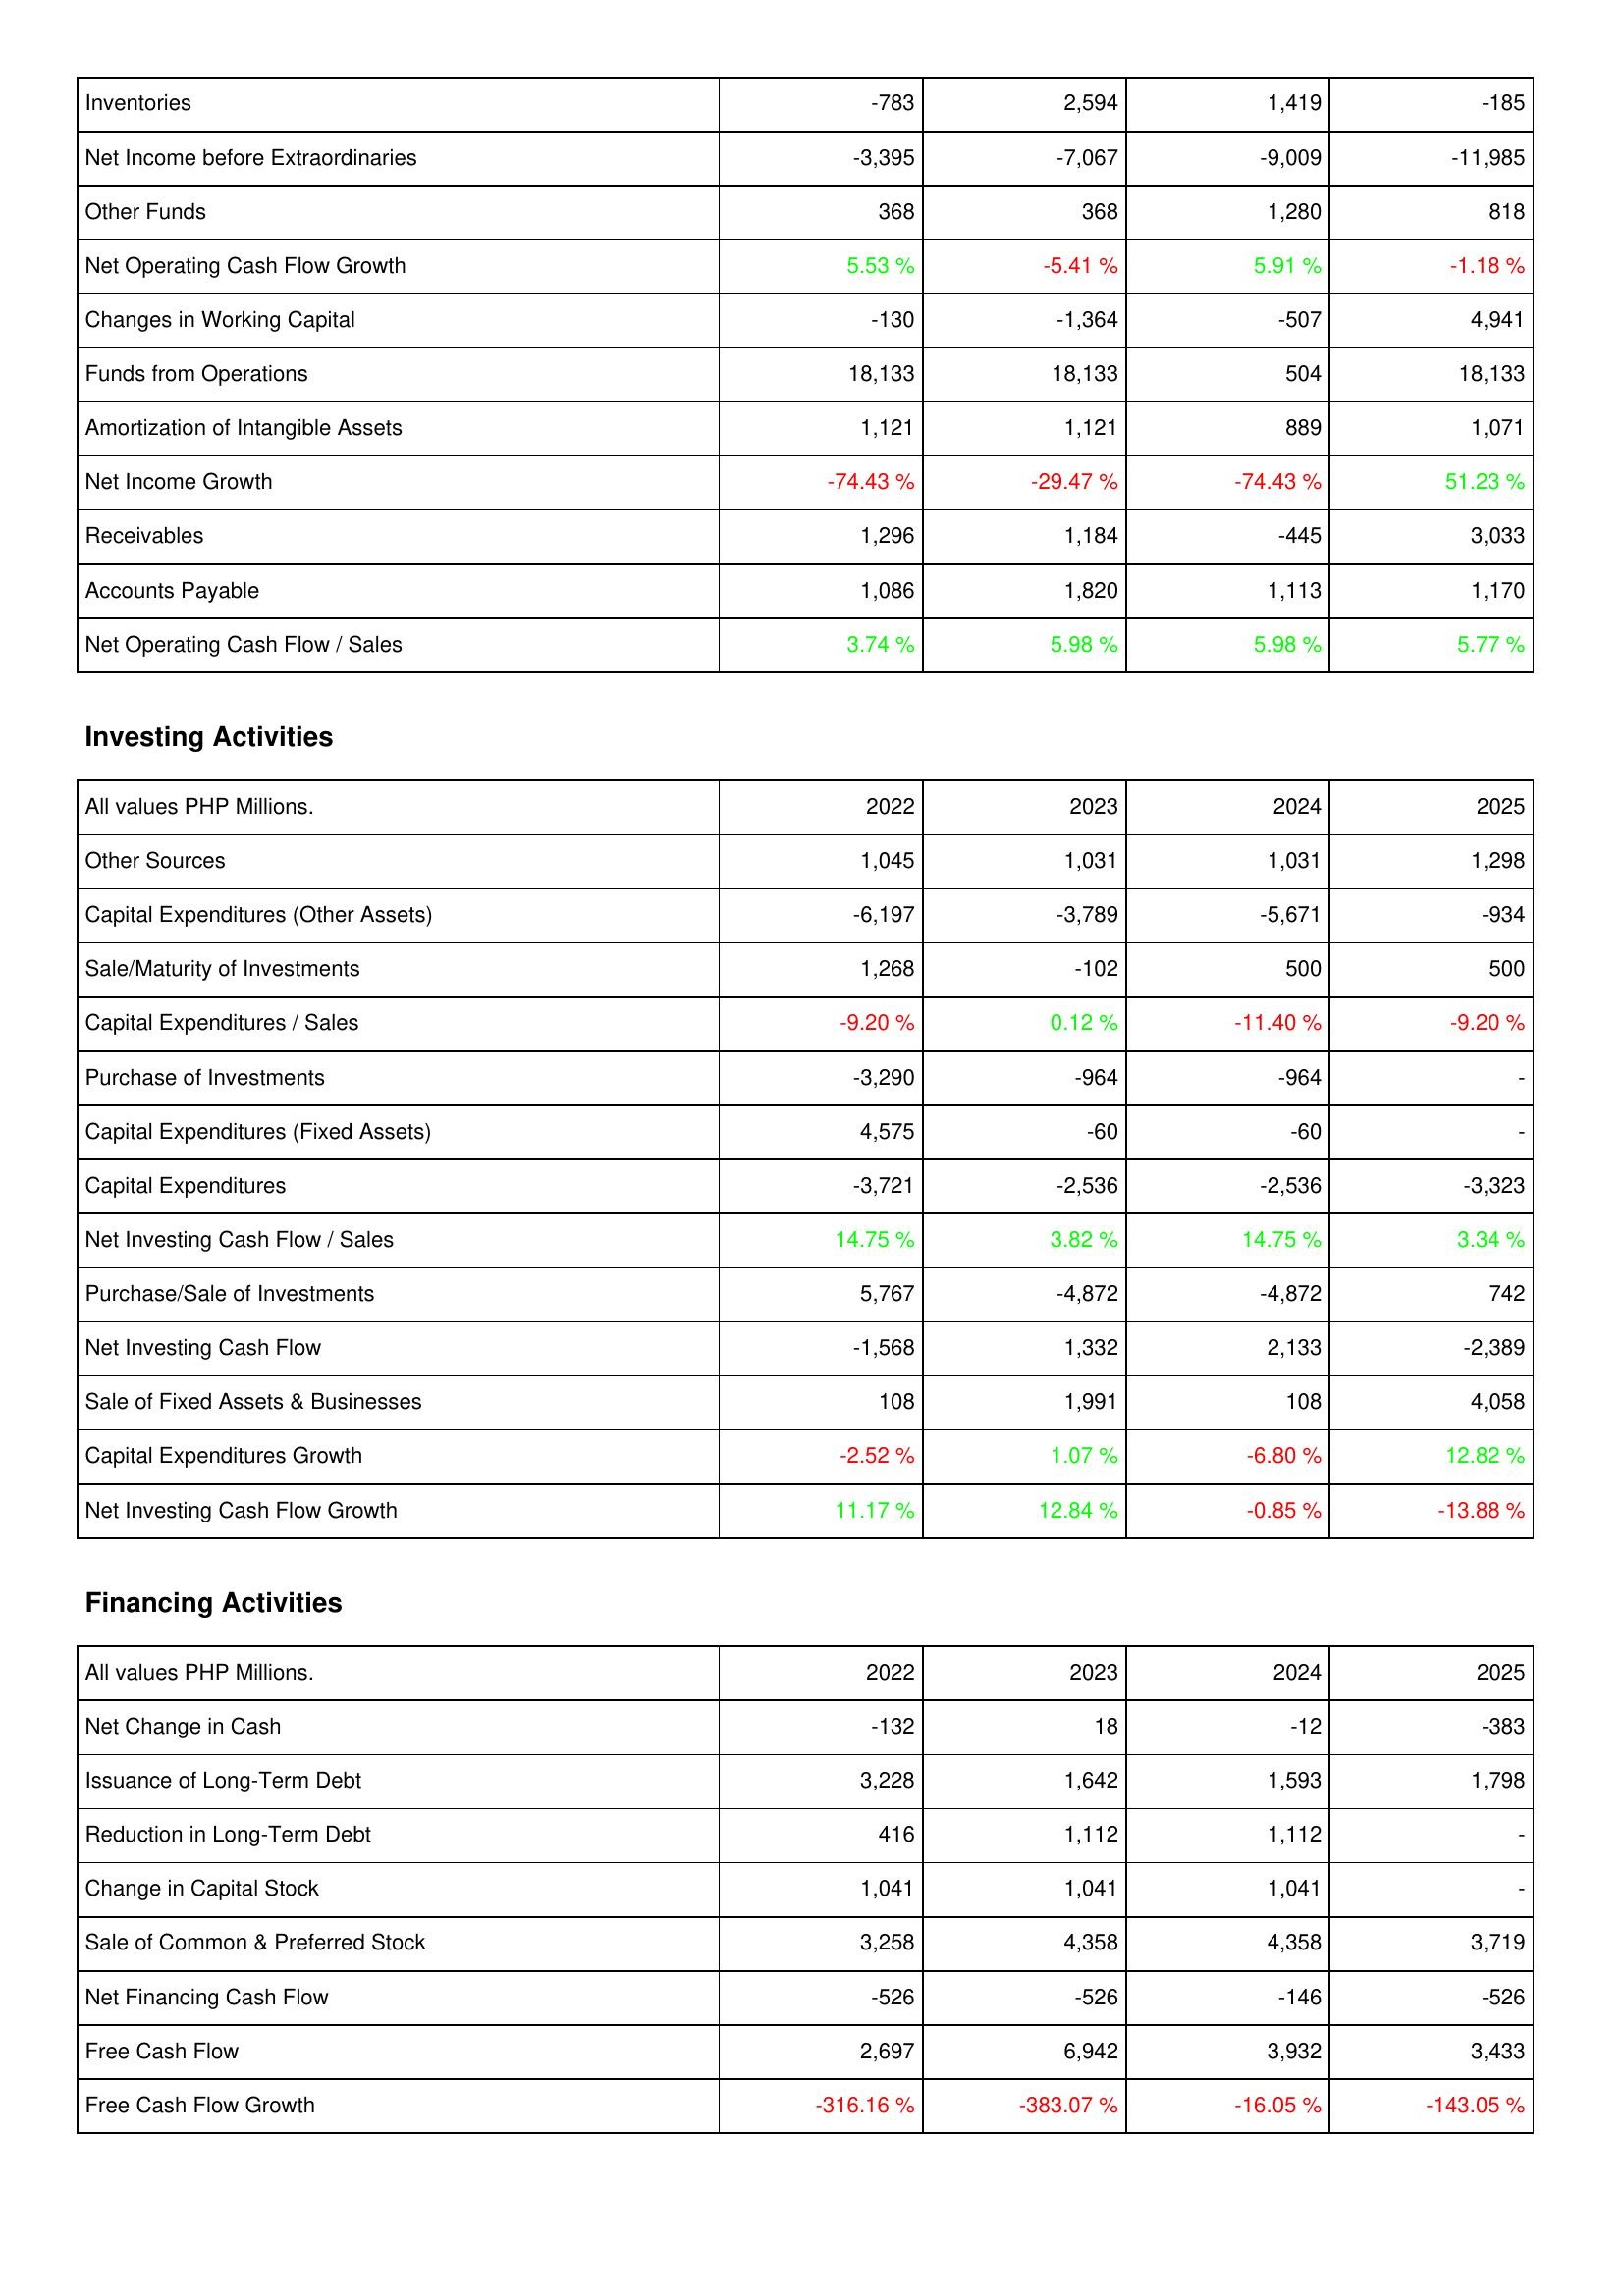
2022: Operating Activities: Inventories: -783
Net Income before Extraordinaries: -3,395
Other Funds: 368
Net Operating Cash Flow Growth: 5.53 %
Changes in Working Capital: -130
Funds from Operations: 18,133
Amortization of Intangible Assets: 1,121
Net Income Growth: -74.43 %
Receivables: 1,296
Accounts Payable: 1,086
Net Operating Cash Flow / Sales: 3.74 %
Investing Activities: Other Sources: 1,045
Capital Expenditures (Other Assets): -6,197
Sale/Maturity of Investments: 1,268
Capital Expenditures / Sales: -9.20 %
Purchase of Investments: -3,290
Capital Expenditures (Fixed Assets): 4,575
Capital Expenditures: -3,721
Net Investing Cash Flow / Sales: 14.75 %
Purchase/Sale of Investments: 5,767
Net Investing Cash Flow: -1,568
Sale of Fixed Assets & Businesses: 108
Capital Expenditures Growth: -2.52 %
Net Investing Cash Flow Growth: 11.17 %
Financing Activities: Net Change in Cash: -132
Issuance of Long-Term Debt: 3,228
Reduction in Long-Term Debt: 416
Change in Capital Stock: 1,041
Sale of Common & Preferred Stock: 3,258
Net Financing Cash Flow: -526
Free Cash Flow: 2,697
Free Cash Flow Growth: -316.16 %
2023: Operating Activities: Inventories: 2,594
Net Income before Extraordinaries: -7,067
Other Funds: 368
Net Operating Cash Flow Growth: -5.41 %
Changes in Working Capital: -1,364
Funds from Operations: 18,133
Amortization of Intangible Assets: 1,121
Net Income Growth: -29.47 %
Receivables: 1,184
Accounts Payable: 1,820
Net Operating Cash Flow / Sales: 5.98 %
Investing Activities: Other Sources: 1,031
Capital Expenditures (Other Assets): -3,789
Sale/Maturity of Investments: -102
Capital Expenditures / Sales: 0.12 %
Purchase of Investments: -964
Capital Expenditures (Fixed Assets): -60
Capital Expenditures: -2,536
Net Investing Cash Flow / Sales: 3.82 %
Purchase/Sale of Investments: -4,872
Net Investing Cash Flow: 1,332
Sale of Fixed Assets & Businesses: 1,991
Capital Expenditures Growth: 1.07 %
Net Investing Cash Flow Growth: 12.84 %
Financing Activities: Net Change in Cash: 18
Issuance of Long-Term Debt: 1,642
Reduction in Long-Term Debt: 1,112
Change in Capital Stock: 1,041
Sale of Common & Preferred Stock: 4,358
Net Financing Cash Flow: -526
Free Cash Flow: 6,942
Free Cash Flow Growth: -383.07 %
2024: Operating Activities: Inventories: 1,419
Net Income before Extraordinaries: -9,009
Other Funds: 1,280
Net Operating Cash Flow Growth: 5.91 %
Changes in Working Capital: -507
Funds from Operations: 504
Amortization of Intangible Assets: 889
Net Income Growth: -74.43 %
Receivables: -445
Accounts Payable: 1,113
Net Operating Cash Flow / Sales: 5.98 %
Investing Activities: Other Sources: 1,031
Capital Expenditures (Other Assets): -5,671
Sale/Maturity of Investments: 500
Capital Expenditures / Sales: -11.40 %
Purchase of Investments: -964
Capital Expenditures (Fixed Assets): -60
Capital Expenditures: -2,536
Net Investing Cash Flow / Sales: 14.75 %
Purchase/Sale of Investments: -4,872
Net Investing Cash Flow: 2,133
Sale of Fixed Assets & Businesses: 108
Capital Expenditures Growth: -6.80 %
Net Investing Cash Flow Growth: -0.85 %
Financing Activities: Net Change in Cash: -12
Issuance of Long-Term Debt: 1,593
Reduction in Long-Term Debt: 1,112
Change in Capital Stock: 1,041
Sale of Common & Preferred Stock: 4,358
Net Financing Cash Flow: -146
Free Cash Flow: 3,932
Free Cash Flow Growth: -16.05 %
2025: Operating Activities: Inventories: -185
Net Income before Extraordinaries: -11,985
Other Funds: 818
Net Operating Cash Flow Growth: -1.18 %
Changes in Working Capital: 4,941
Funds from Operations: 18,133
Amortization of Intangible Assets: 1,071
Net Income Growth: 51.23 %
Receivables: 3,033
Accounts Payable: 1,170
Net Operating Cash Flow / Sales: 5.77 %
Investing Activities: Other Sources: 1,298
Capital Expenditures (Other Assets): -934
Sale/Maturity of Investments: 500
Capital Expenditures / Sales: -9.20 %
Purchase of Investments: -
Capital Expenditures (Fixed Assets): -
Capital Expenditures: -3,323
Net Investing Cash Flow / Sales: 3.34 %
Purchase/Sale of Investments: 742
Net Investing Cash Flow: -2,389
Sale of Fixed Assets & Businesses: 4,058
Capital Expenditures Growth: 12.82 %
Net Investing Cash Flow Growth: -13.88 %
Financing Activities: Net Change in Cash: -383
Issuance of Long-Term Debt: 1,798
Reduction in Long-Term Debt: -
Change in Capital Stock: -
Sale of Common & Preferred Stock: 3,719
Net Financing Cash Flow: -526
Free Cash Flow: 3,433
Free Cash Flow Growth: -143.05 %